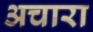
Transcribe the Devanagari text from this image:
अचारा